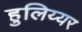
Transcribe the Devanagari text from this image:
हुलिय्यर